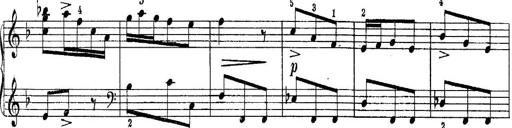
Title: Quatres sonatines
Composer: Tadeusz Joteyko